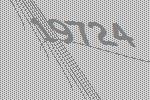
19724